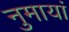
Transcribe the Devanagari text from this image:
नुमायां